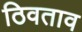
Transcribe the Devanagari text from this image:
ठिवताव